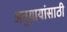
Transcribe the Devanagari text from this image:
अनुयायांसाठी